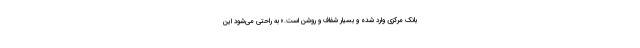
بانک مرکزی وارد شده و بسیار شفاف و روشن است.» به راحتی می‌شود این